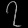
Digit: ၇